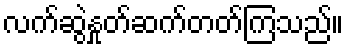
လက်ဆွဲနှုတ်ဆက်တတ်ကြသည်။